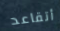
أتقاعد